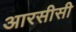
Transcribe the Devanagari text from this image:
आरसीसी